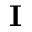
\mathbf { I }